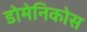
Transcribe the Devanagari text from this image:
डोमेनिकोस